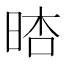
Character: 𣇏